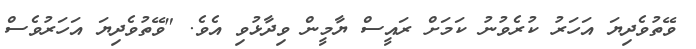
ވޭތުވެދިޔަ އަހަރު ކުރެވުނު ކަމަށް ރައީސް ޔާމީން ވިދާޅުވި އެވެ. "ވޭތުވެދިޔަ އަހަރުވެސް